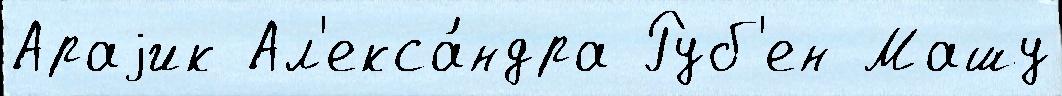
Араjик Ал'екса́ндра Руб'ен Машу